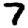
Digit: 7